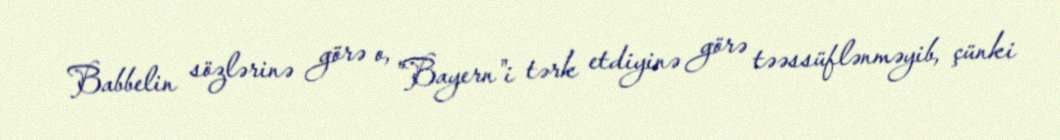
Babbelin sözlərinə görə o, "Bayern"i tərk etdiyinə görə təəssüflənməyib, çünki